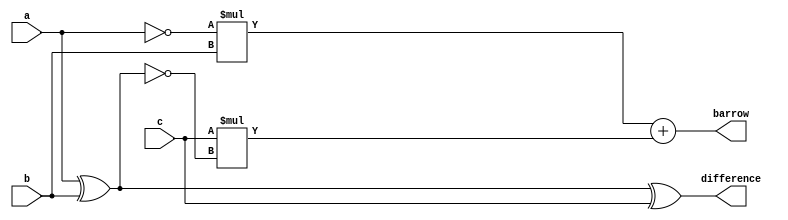

//verilog code to design full subtractor

`timescale 10ns/1ns

module fs(a,b,c,difference,barrow);
  
  input wire a,b,c;
  output wire difference,barrow;
  
  assign difference = a^b^c;
  assign barrow = (((~a)*b)+c*(~(a^b)));
  
endmodule